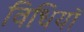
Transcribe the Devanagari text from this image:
विधियॉ